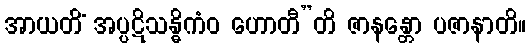
အာယတိံ အပ္ပဋိသန္ဓိကံဝ ဟောတီ”တိ ဇာနန္တော ပဇာနာတိ။